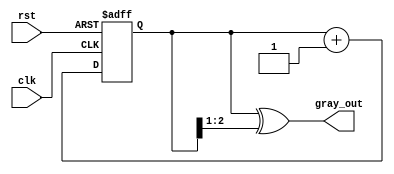
module gray_code_counter #(
    parameter N = 3  // Parameter for the number of bits
)(
    input wire clk,      // Clock signal
    input wire rst,      // Asynchronous reset signal
    output reg [N-1:0] gray_out  // n-bit Gray code output
);

    reg [N-1:0] binary_count;  // Internal binary counter

    // Gray code conversion function
    function [N-1:0] binary_to_gray;
        input [N-1:0] binary;
        begin
            binary_to_gray = binary ^ (binary >> 1);
        end
    endfunction

    // Sequential logic for counting
    always @(posedge clk or posedge rst) begin
        if (rst) begin
            binary_count <= 0;  // Reset binary counter to 0
        end else begin
            binary_count <= binary_count + 1;  // Increment binary counter
        end
    end

    // Combinational logic for Gray code output
    always @(*) begin
        gray_out = binary_to_gray(binary_count);  // Convert binary to Gray code
    end

endmodule